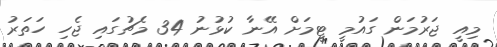
މިއީ ޖަރުމަން ގައުމީ ޓީމަށް އޭނާ ކުޅުނު 34 މެޗުގައި ޖެހި ހަތަރު